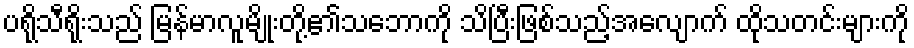
ပရိုသီရိုးသည် မြန်မာလူမျိုးတို့၏သဘောကို သိပြီးဖြစ်သည့်အလျောက် ထိုသတင်းများကို